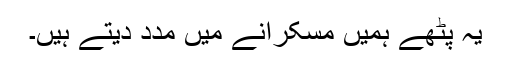
یہ پٹھے ہمیں مسکرانے میں مدد دیتے ہیں۔